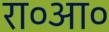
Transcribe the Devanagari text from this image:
रा०आ०